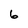
Character: 6